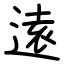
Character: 逺